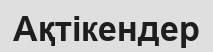
Ақтікендер